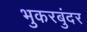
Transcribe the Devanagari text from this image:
भुकरबुंदर